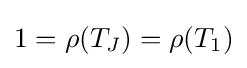
1=\rho (T_{J})=\rho (T_{1})